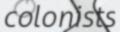
colonists